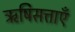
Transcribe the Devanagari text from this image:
ऋषिसत्ताएँ